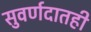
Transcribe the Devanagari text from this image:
सुवर्णदातही